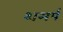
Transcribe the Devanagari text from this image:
शमर्प